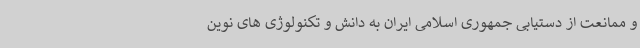
و ممانعت از دستیابی جمهوری اسلامی ایران به دانش و تکنولوژی های نوین